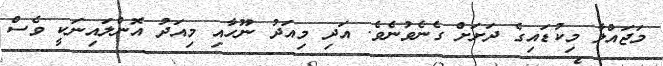
މަޖައްލާ މިކުޑައިގެ ދަށަށް ގެނެވުނެވެ. އަދި މިއަދު ނޫހާއި މިއަދު އޮންލައިނަކީ ވެސް